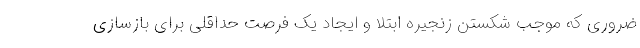
ضروری که موجب شکستن زنجیره ابتلا و ایجاد یک فرصت حداقلی برای بازسازی